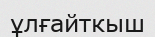
ұлғайткыш